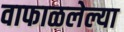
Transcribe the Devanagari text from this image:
वाफाळलेल्या